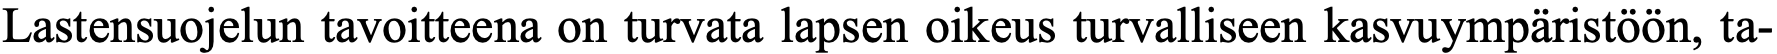
Lastensuojelun tavoitteena on turvata lapsen oikeus turvalliseen kasvuympäristöön, ta-